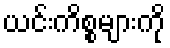
ယင်းကိစ္စများကို